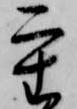
重